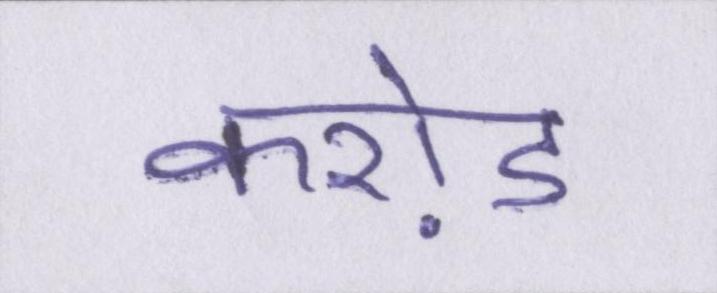
करो़ड